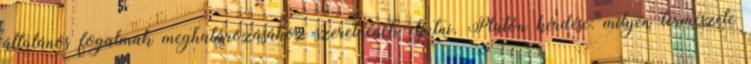
általános fogalmak meghatározásához szeretnének eljutni. Platón kérdése: milyen természete